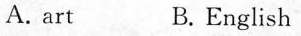
A. art B.English